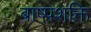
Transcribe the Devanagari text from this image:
बाष्पशक्ति